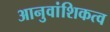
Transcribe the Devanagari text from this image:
आनुवांशिकत्व